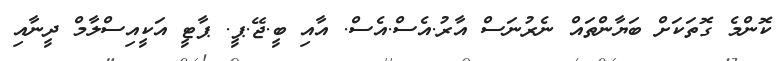
ކޮންމެ ގޮތަކަށް ބަޔާންތައް ނެރުނަސް އާރު.އެސް.އެސް. އާއި ބީ.ޖޭ.ޕީ. ޕާޓީ އަކީއިސްލާމް ދީނާއި